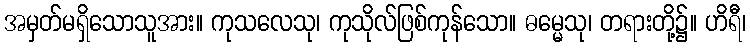
အမှတ်မရှိသောသူအား။ ကုသလေသု၊ ကုသိုလ်ဖြစ်ကုန်သော။ ဓမ္မေသု၊ တရားတို့၌။ ဟိရီ၊